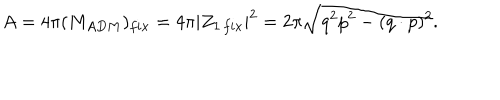
A = 4 \pi ( M _ { A D M } ) _ { f i x } = 4 \pi | Z _ { 1 \, f i x } | ^ { 2 } = 2 \pi \sqrt { q ^ { 2 } p ^ { 2 } - ( q \cdot p ) ^ { 2 } } .